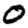
Digit: 0